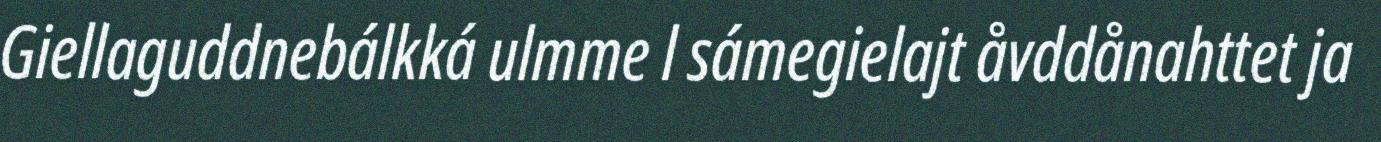
Giellaguddnebálkká ulmme l sámegielajt åvddånahttet ja